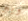
ويبر